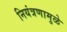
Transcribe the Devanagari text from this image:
नियंत्रणामुळे